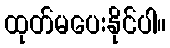
ထုတ်မပေးနိုင်ပါ။